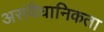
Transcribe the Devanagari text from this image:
असंवैधानिकता